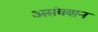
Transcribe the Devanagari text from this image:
असंक्शन